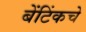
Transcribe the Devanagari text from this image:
बेंटिंकचे